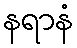
နရာနံ